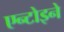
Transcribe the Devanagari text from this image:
एन्टोइने